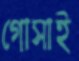
গোসাই